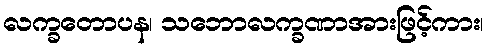
လက္ခတောပန၊ သဘောလက္ခဏာအားဖြင့်ကား၊